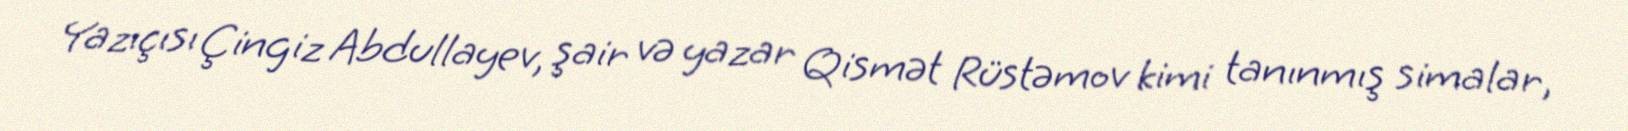
Yazıçısı Çingiz Abdullayev, şair və yazar Qismət Rüstəmov kimi tanınmış simalar,